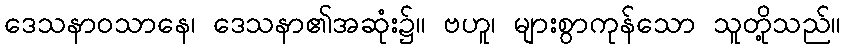
ဒေသနာဝသာနေ၊ ဒေသနာ၏အဆုံး၌။ ဗဟူ၊ များစွာကုန်သော သူတို့သည်။